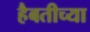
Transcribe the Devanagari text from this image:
हैबतीच्या